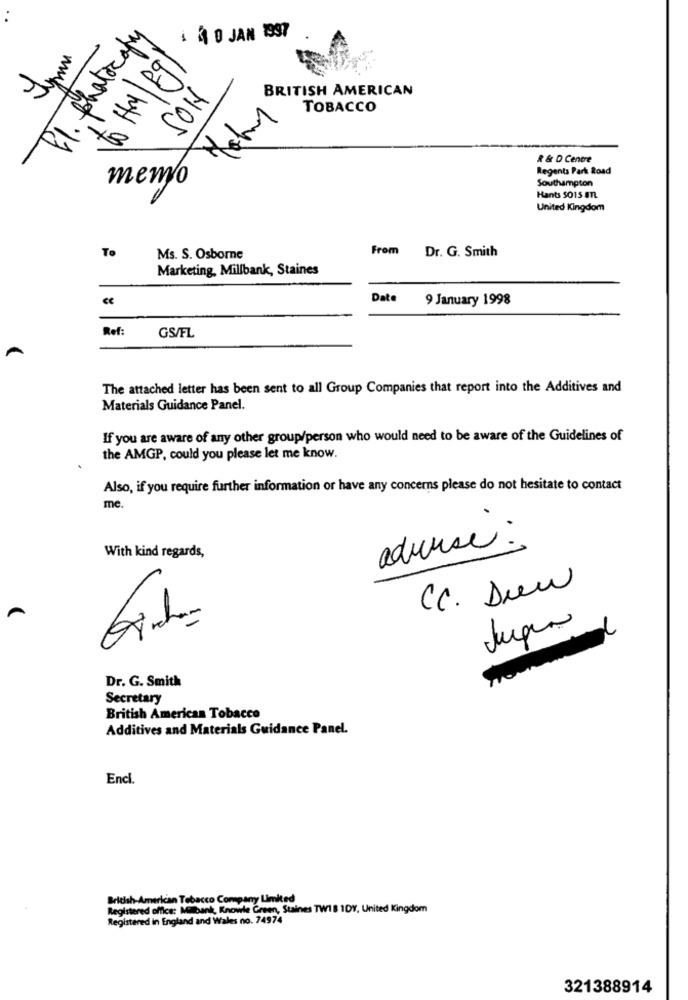
fl. photocopy
4 30 JAN 1997
to HM F9
BRITISH AMERICAN
SON
TOBACCO
R & D Centre
Regents Park Road
memo
Southampton
Hants S015 mn
United Kingdom
To
Ms. S. Osborne
From Dr. G. Smith
Marketing, Millbank, Staines
ce
Date 9 January 1998
Ref:
GS/FL
The attached letter has been sent to all Group Companies that report into the Additives and
Materials Guidance Panel.
If you are aware of any other group/person who would need to be aware of the Guidelines of
the AMGP, could you please let me know.
Also, if you require further information or have any concerns please do not hesitate to contact
me
advise :
With kind regards,
CC. Drew
Jugar
Dr. G. Smith
Secretary
British American Tobacco
Additives and Materials Guidance Panel.
Encl.
British American Tobacco Company Limited
Registered office: Milbank, Knowle Green, Staines TW18 1DY, United Kingdom
Registered in England and Wales no. 74974
321388914